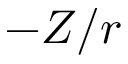
- Z / r